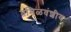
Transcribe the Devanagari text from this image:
तमिळवंशीय